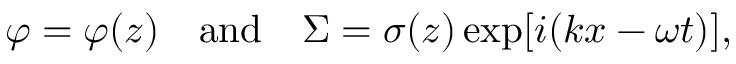
\varphi = \varphi ( z ) \ \ \ \mathrm { a n d } \ \ \ \Sigma = \sigma ( z ) \exp [ i ( k x - \omega t ) ] ,